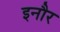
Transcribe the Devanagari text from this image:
इनौर